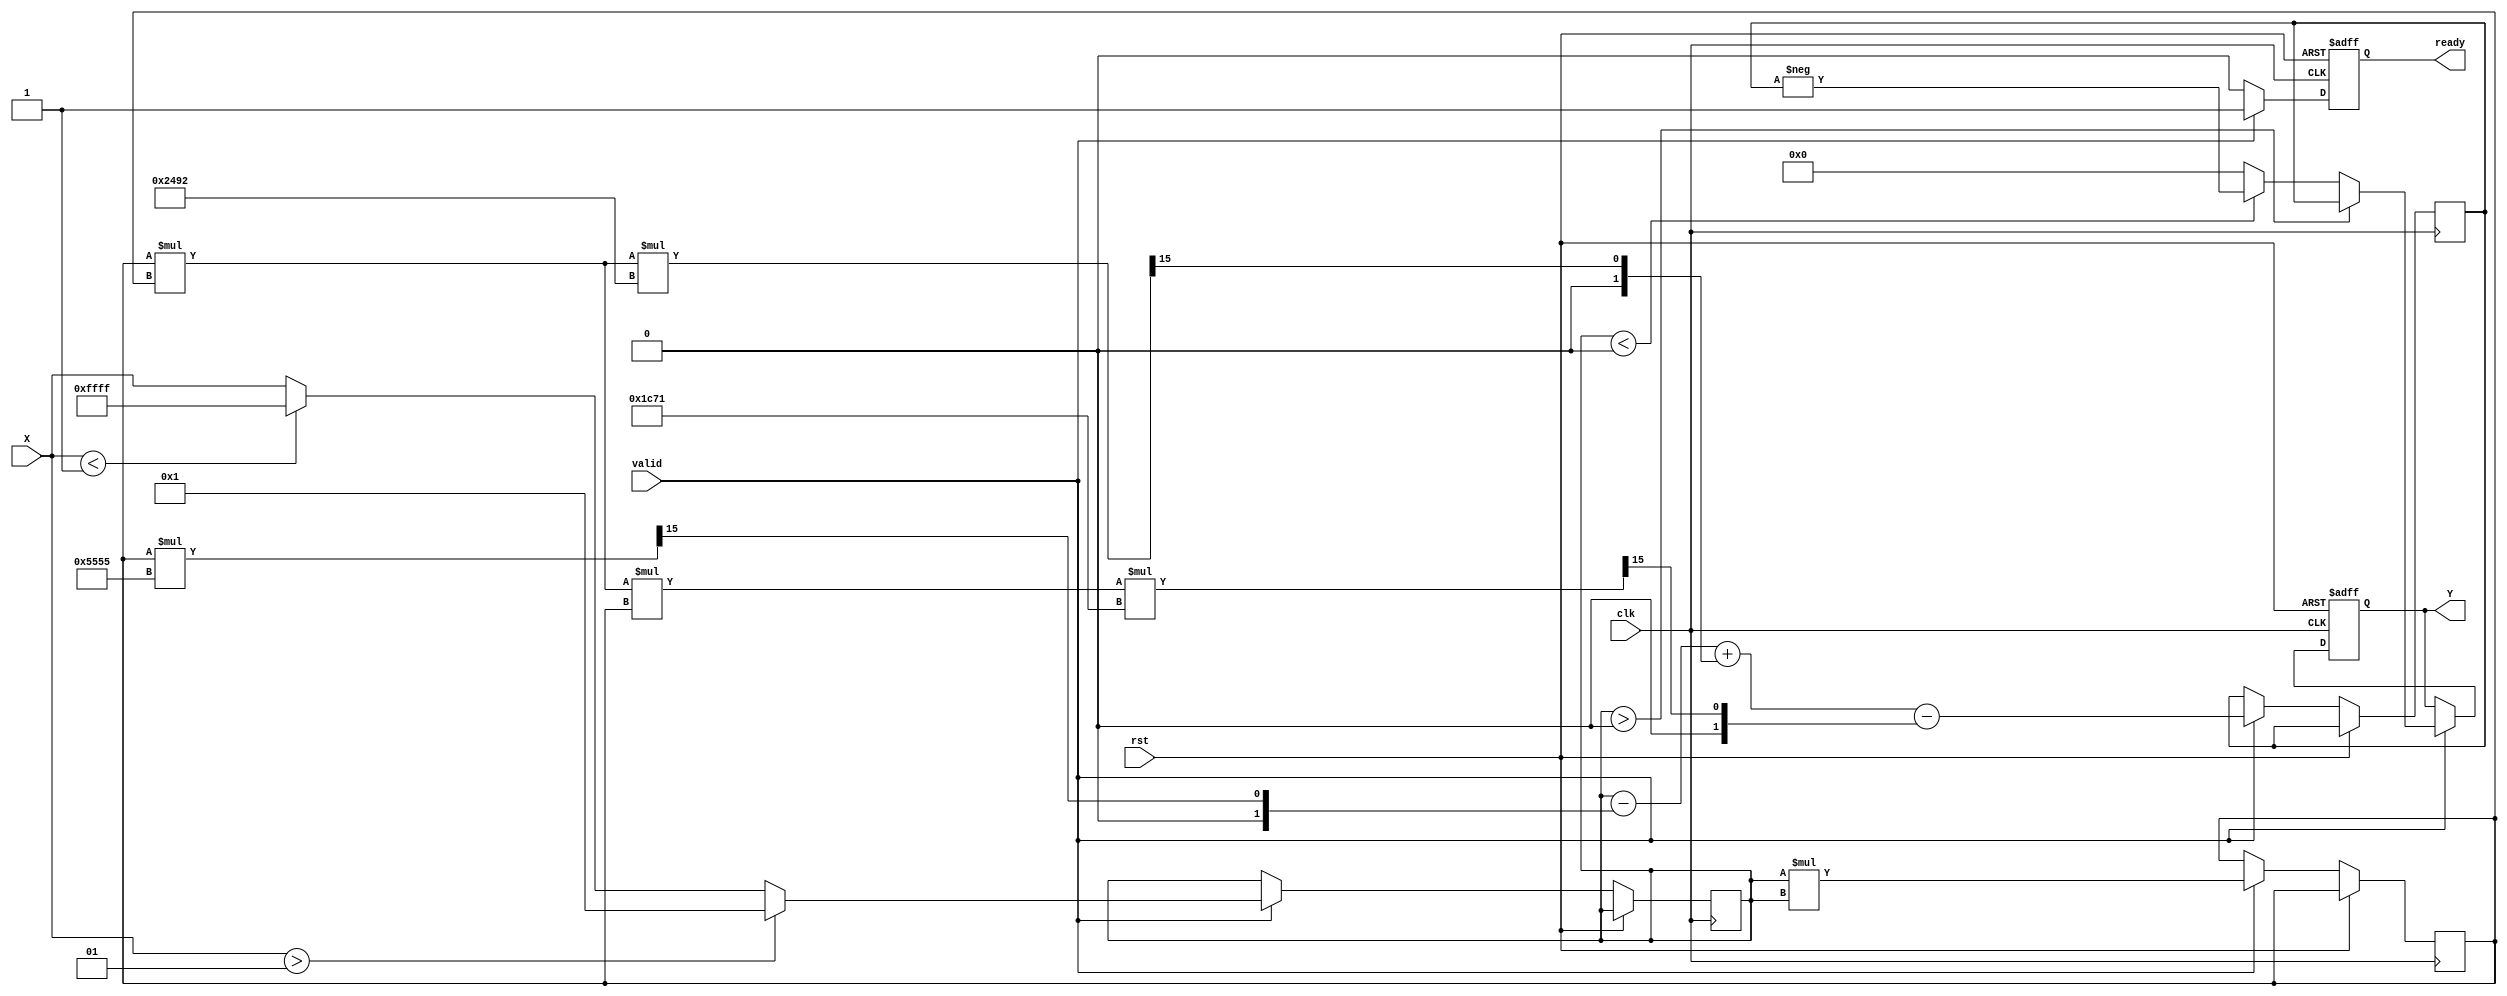
module atan_block #(
    parameter IN_WIDTH = 16,  // Input width (including sign bit)
    parameter OUT_WIDTH = 16   // Output width (including sign bit)
)(
    input wire signed [IN_WIDTH-1:0] X,   // Input data (Qm.n)
    output reg signed [OUT_WIDTH-1:0] Y,   // Output data (Qp.q)
    input wire clk,
    input wire rst,
    input wire valid,   // Input valid signal
    output reg ready    // Output ready signal
);

    // Constants for fixed-point representation of /2
    localparam PI_OVER_2 = 16'h1C90; // Q15 representation of /2 (approx. 1.5708)

    // Polynomial coefficients for atan approximation
    localparam signed [IN_WIDTH-1:0] A1 = 16'h4000; // 1.0 in Q15
    localparam signed [IN_WIDTH-1:0] A3 = 16'h5555; // 1/3 in Q15
    localparam signed [IN_WIDTH-1:0] A5 = 16'h2492; // 1/5 in Q15
    localparam signed [IN_WIDTH-1:0] A7 = 16'h1C71; // 1/7 in Q15

    reg signed [IN_WIDTH-1:0] X_normalized;
    reg signed [IN_WIDTH-1:0] X_squared;
    reg signed [OUT_WIDTH-1:0] atan_result;
    
    always @(posedge clk or posedge rst) begin
        if (rst) begin
            Y <= 0;
            ready <= 0;
        end else begin
            if (valid) begin
                // Normalize input if necessary
                if (X > 1) begin
                    X_normalized <= 1; // Cap to 1
                end else if (X < -1) begin
                    X_normalized <= -1; // Cap to -1
                end else begin
                    X_normalized <= X; // Use input as is
                end

                // Calculate X squared
                X_squared <= X_normalized * X_normalized;

                // Polynomial approximation of atan using Taylor series
                atan_result <= X_normalized 
                             - (X_squared * A3 >> 15) 
                             + (X_squared * X_squared * A5 >> 15) 
                             - (X_squared * X_squared * X_squared * A7 >> 15);

                // Adjust result for the range
                if (X_normalized > 0) begin
                    Y <= atan_result;
                end else if (X_normalized < 0) begin
                    Y <= -atan_result;
                end else begin
                    Y <= 0; // atan(0) = 0
                end

                ready <= 1; // Indicate output is ready
            end else begin
                ready <= 0; // Output not ready if valid is low
            end
        end
    end

endmodule